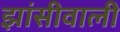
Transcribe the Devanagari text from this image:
झांसीवाली